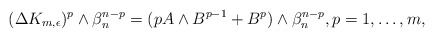
\begin{align*} ( \Delta K_{m,\epsilon})^p\wedge\beta_n^{n-p}=(pA\wedge B^{p-1}+B^p)\wedge\beta_n^{n-p},p= 1,\ldots,m, \end{align*}